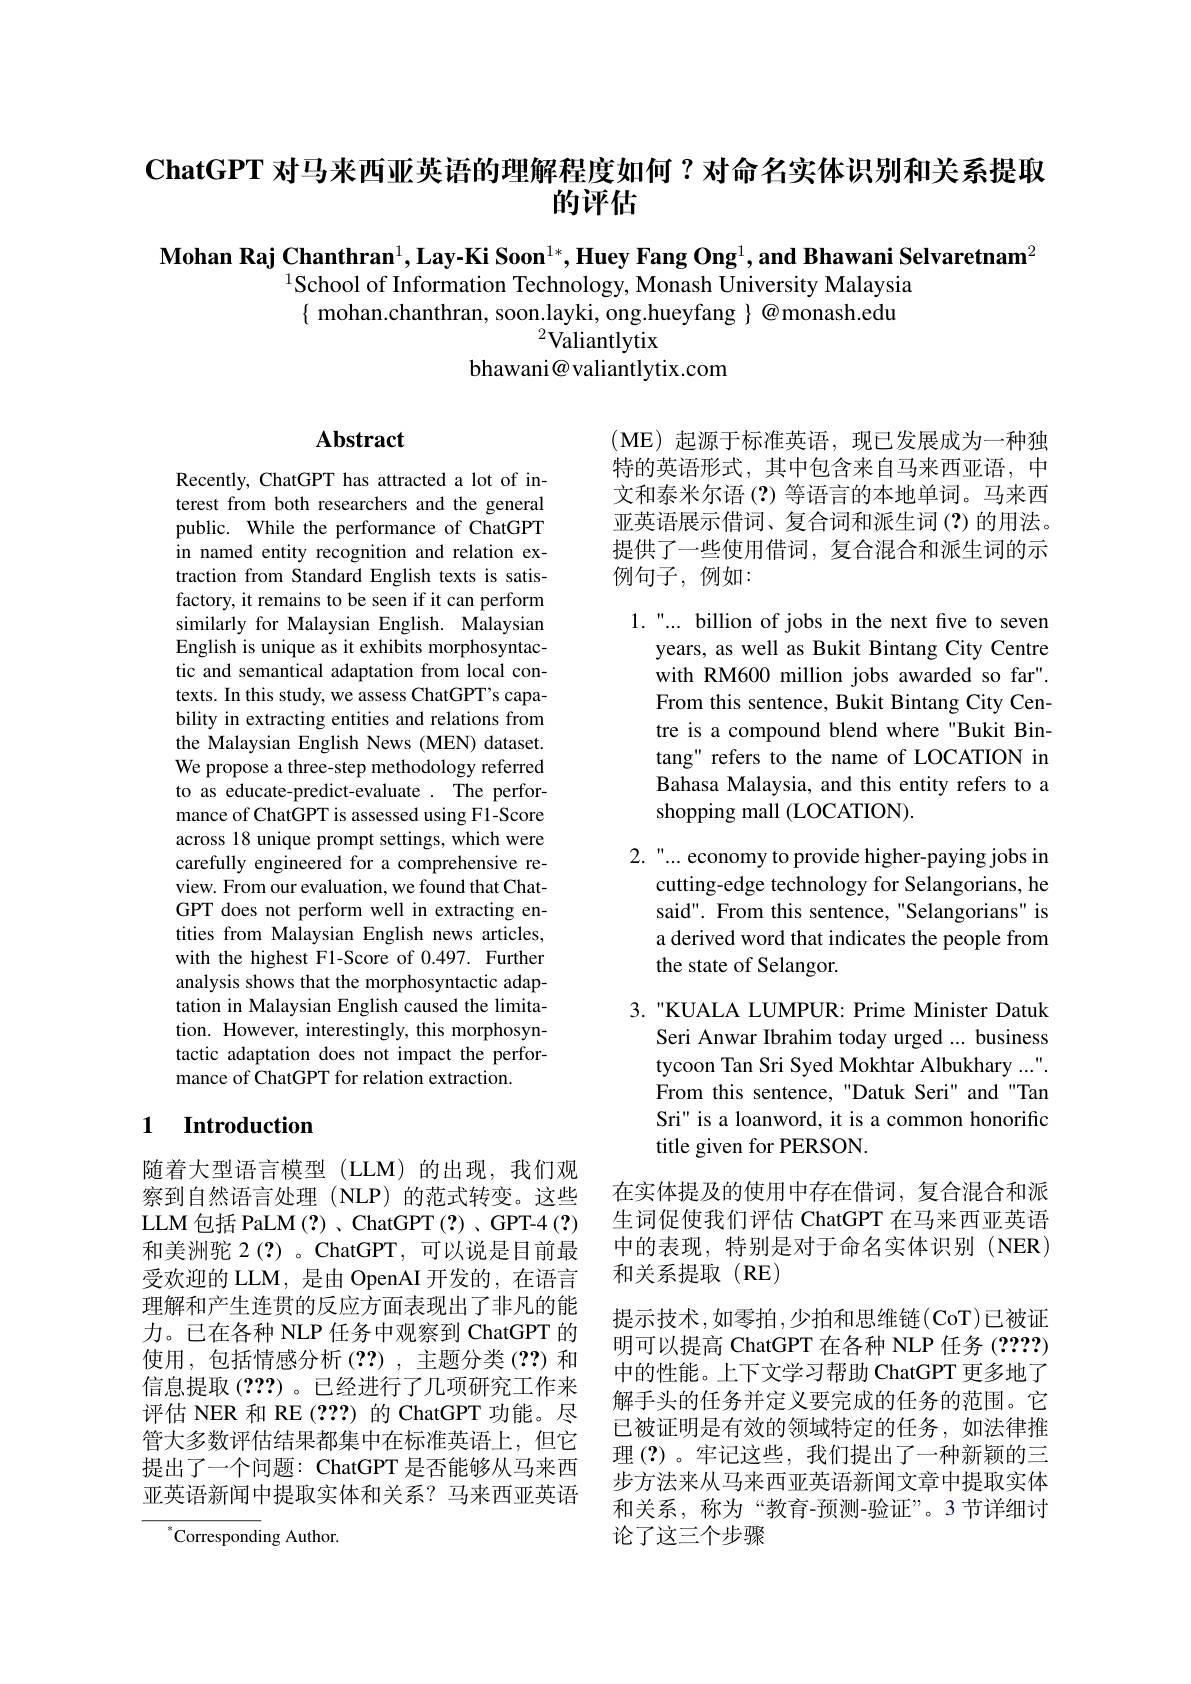
$\textbf{ChatGPT 对 马 来 西 亚 英 语 的 理 解 程 度 如 何 ? 对 命 名 实 体 识 别 和 关 系 提 取 }$
# 的评估

$\textbf{Mohan Raj Chanthran}^1,\textbf{Lay-Ki Soon}^{1*},\textbf{Huey Fang Ong}^1,\textbf{and Bhawani Selvaretnam}^2$

$^{1}$School of Information Technology, Monash University Malaysia

$\{$ mohan.chanthran, soon.layki, ong.hueyfang $\}$ @monash.edu

${}^{2}$Valiantlytix

bhawani@ valiantlytix.com

# Abstract

Recently, ChatGPT has attracted a lot of interest from both researchers and the general public. While the performance of ChatGPT in named entity recognition and relation extraction from Standard English texts is satisfactory, it remains to be seen if it can perform similarly for Malaysian English. Malaysian English is unique as it exhibits morphosyntactic and semantical adaptation from local contexts. In this study, we assess ChatGPT's capability in extracting entities and relations from the Malaysian English News (MEN) dataset We propose a three-step methodology referred to as educate-predict-evaluate . The performance of ChatGPT is assessed using F1-Score across 18 unique prompt settings, which were carefully engineered for a comprehensive review. From our evaluation, we found that ChatGPT does not perform well in extracting entities from Malaysian English news articles, with the highest F1-Score of 0.497. Further analysis shows that the morphosyntactic adaptation in Malaysian English caused the limitation. However, interestingly, this morphosyntactic adaptation does not impact the performance of ChatGPT for relation extraction.

### 1 $\textbf{Introduction}$

随着大型语言模型(LLM)的出现，我们观察到自然语言处理(NLP)的范式转变。这些LLM 包括 PaLM(?)、ChatGPT(?)、GPT-4(?) 和美洲驼 2(?) 。ChatGPT, 可以说是目前最受欢迎的 LLM, 是由 OpenAI 开发的，在语言理解和产生连贯的反应方面表现出了非凡的能力。已在各种 NLP 任务中观察到 ChatGPT 的使用，包括情感分析(??),主题分类(??)和信息提取(???)。已经进行了几项研究工作来评估 NER 和 RE (2??) 的 ChatGPT 功能。尽管大多数评估结果都集中在标准英语上，但它提出了一个问题：ChatGPT 是否能够从马来西亚英语新闻中提取实体和关系？马来西亚英语

$^{*}$Corresponding Author.

$(\mathbf{ME})$起源于标准英语，现已发展成为一种独特的英语形式，其中包含来自马来西亚语，中文和泰米尔语 (?) 等语言的本地单词。马来西亚英语展示借词、复合词和派生词(?)的用法。提供了一些使用借词，复合混合和派生词的示例句子，例如：

1."... billion of jobs in the next five to seven
years, as well as Bukit Bintang City Centre with RM600 million jobs awarded so far". From this sentence, Bukit Bintang City Centre is a compound blend where "Bukit Bintang" refers to the name of LOCATION in Bahasa Malaysia, and this entity refers to a shopping mall (LOCATION).

2."...economy to provide higher-paying jobs in
cutting-edge technology for Selangorians, he said". From this sentence, "Selangorians" is a derived word that indicates the people from the state of Selangor.

3. "KUALA LUMPUR: Prime Minister Datuk
Seri Anwar Ibrahim today urged ...business tycoon Tan Sri Syed Mokhtar Albukhary ..." From this sentence, "Datuk Seri" and "Tan Sri" is a loanword, it is a common honorific title given for PERSON

在实体提及的使用中存在借词，复合混合和派生词促使我们评估 ChatGPT 在马来西亚英语中的表现，特别是对于命名实体识别(NER) 和关系提取(RE)
提示技术，如零拍，少拍和思维链(CoT)已被证明可以提高 ChatGPT 在各种 NLP 任务 (????) 中的性能。上下文学习帮助 ChatGPT 更多地了解手头的任务并定义要完成的任务的范围。它已被证明是有效的领域特定的任务，如法律推理(?)。牢记这些，我们提出了一种新颖的三步方法来从马来西亚英语新闻文章中提取实体和关系，称为“教育-预测-验证”。3 节详细讨论了这三个步骤